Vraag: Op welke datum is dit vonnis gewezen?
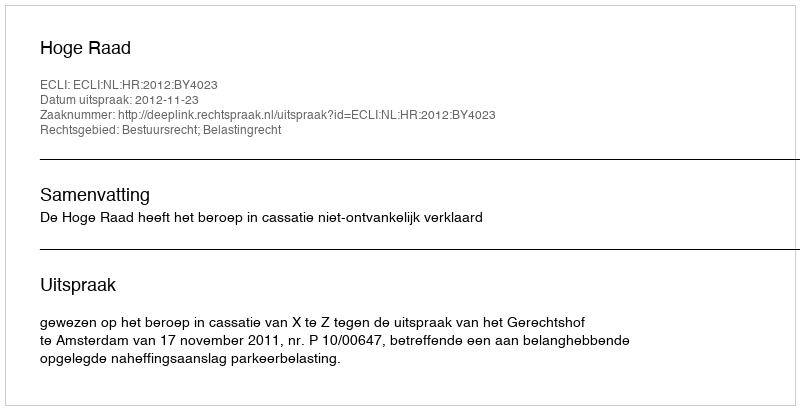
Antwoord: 2012-11-23